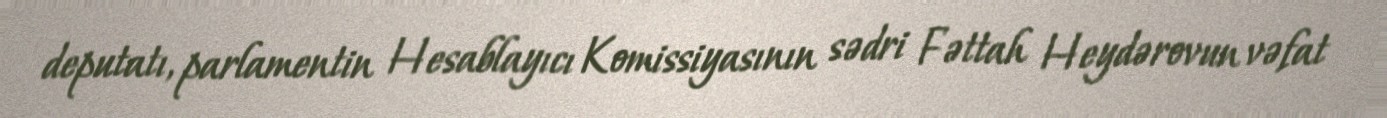
deputatı, parlamentin Hesablayıcı Komissiyasının sədri Fəttah Heydərovun vəfat